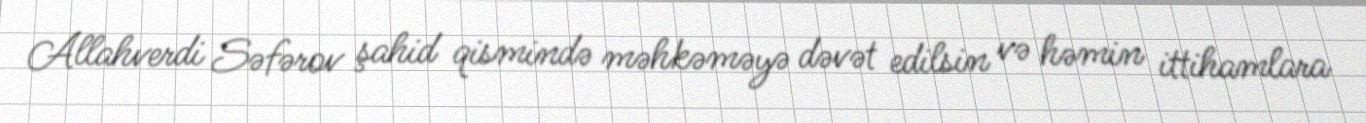
Allahverdi Səfərov şahid qismində məhkəməyə dəvət edilsin və həmin ittihamlara